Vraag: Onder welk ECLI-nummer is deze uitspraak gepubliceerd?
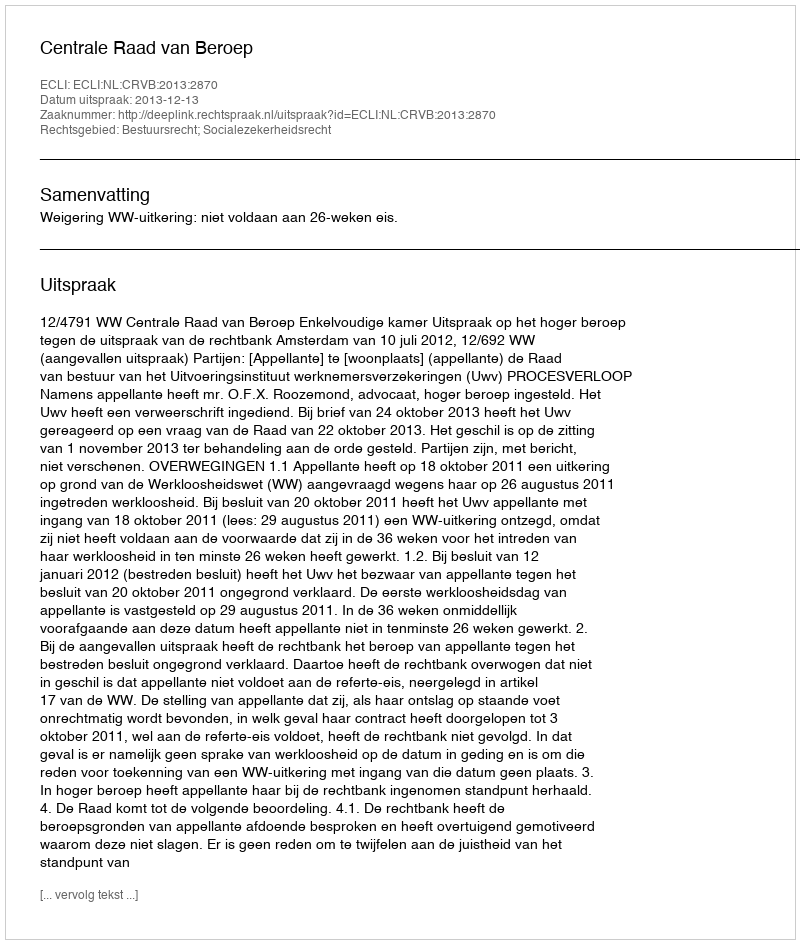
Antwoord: ECLI:NL:CRVB:2013:2870